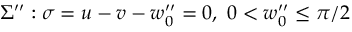
\Sigma ^ { \prime \prime } : \sigma = u - v - w _ { 0 } ^ { \prime \prime } = 0 , ~ 0 < w _ { 0 } ^ { \prime \prime } \leq \pi / 2